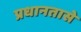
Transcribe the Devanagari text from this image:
प्रधानतासे